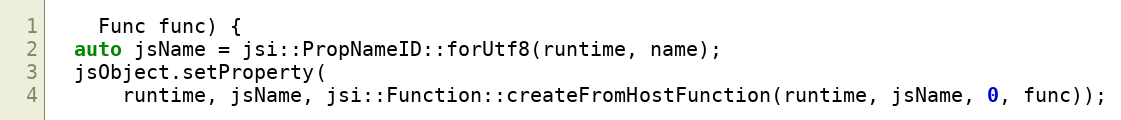
Language: C
    Func func) {
  auto jsName = jsi::PropNameID::forUtf8(runtime, name);
  jsObject.setProperty(
      runtime, jsName, jsi::Function::createFromHostFunction(runtime, jsName, 0, func));